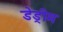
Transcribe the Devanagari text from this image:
डेड्रीम